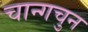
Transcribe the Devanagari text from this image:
चान्गचुन